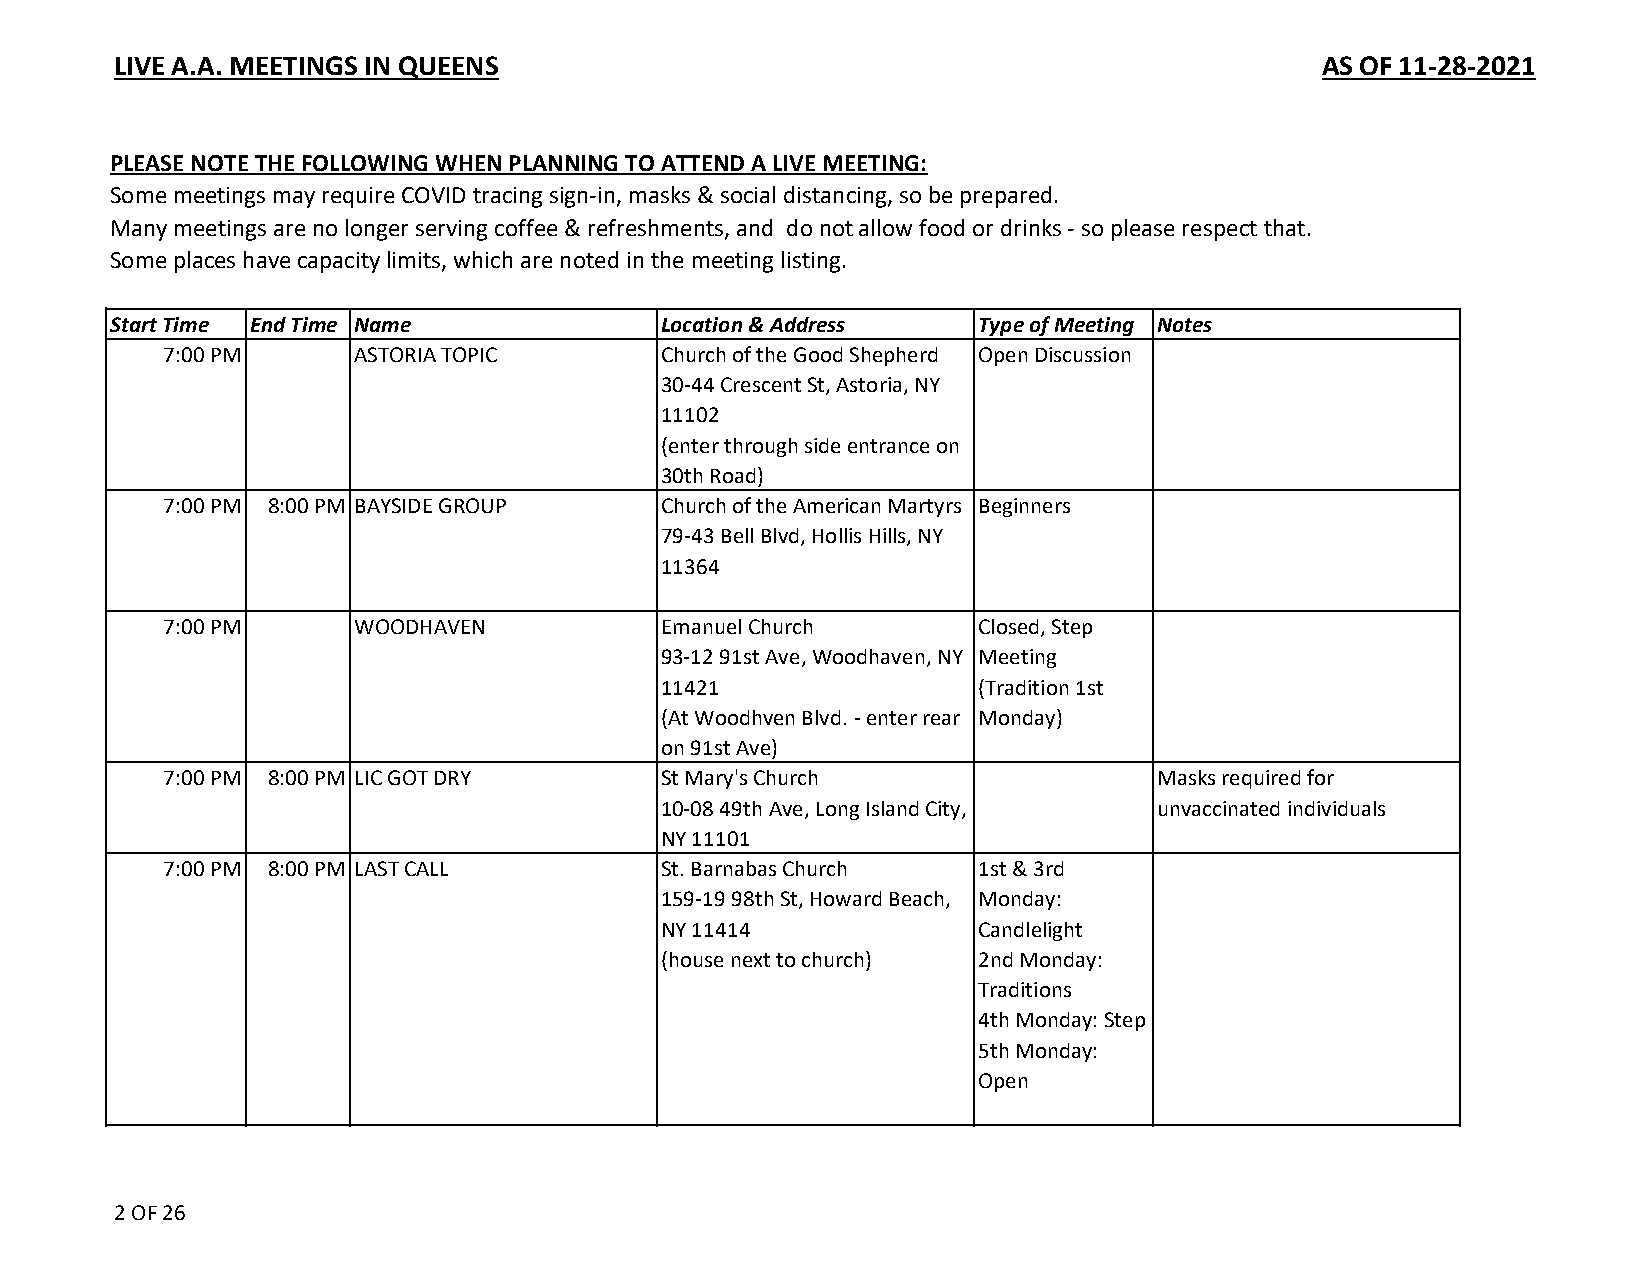
LIVE A.A. MEETINGS IN QUEENS                                                    AS OF 11-28-2021
 PLEASE NOTE THE FOLLOWING WHEN PLANNING TO ATTEND A LIVE MEETING:
 Some meetings may require COVID tracing sign-in, masks & social distancing, so be prepared.
 Many meetings are no longer serving coffee & refreshments, and do not allow food or drinks - so please respect that.
 Some places have capacity limits, which are noted in the meeting listing.
 Start Time End Time Name            Location & Address   Type of Meeting Notes
 7:00 PM      ASTORIA TOPIC       Church of the Good Shepherd Open Discussion
 30-44 Crescent St, Astoria, NY
 11102
 (enter through side entrance on
 30th Road)
 7:00 PM 8:00 PM BAYSIDE GROUP    Church of the American Martyrs Beginners
 79-43 Bell Blvd, Hollis Hills, NY
 11364
 7:00 PM      WOODHAVEN           Emanuel Church       Closed, Step
 93-12 91st Ave, Woodhaven, NY Meeting
 11421                (Tradition 1st
 (At Woodhven Blvd. - enter rear Monday)
 on 91st Ave)
 7:00 PM 8:00 PM LIC GOT DRY      St Mary's Church                 Masks required for
 10-08 49th Ave, Long Island City, unvaccinated individuals
 NY 11101
 7:00 PM 8:00 PM LAST CALL        St. Barnabas Church  1st & 3rd
 159-19 98th St, Howard Beach, Monday:
 NY 11414             Candlelight
 (house next to church) 2nd Monday:
 Traditions
 4th Monday: Step
 5th Monday:
 Open
 2 OF 26